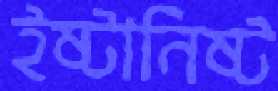
ইষ্টানিষ্ট